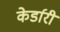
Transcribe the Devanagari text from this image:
केर्डारी